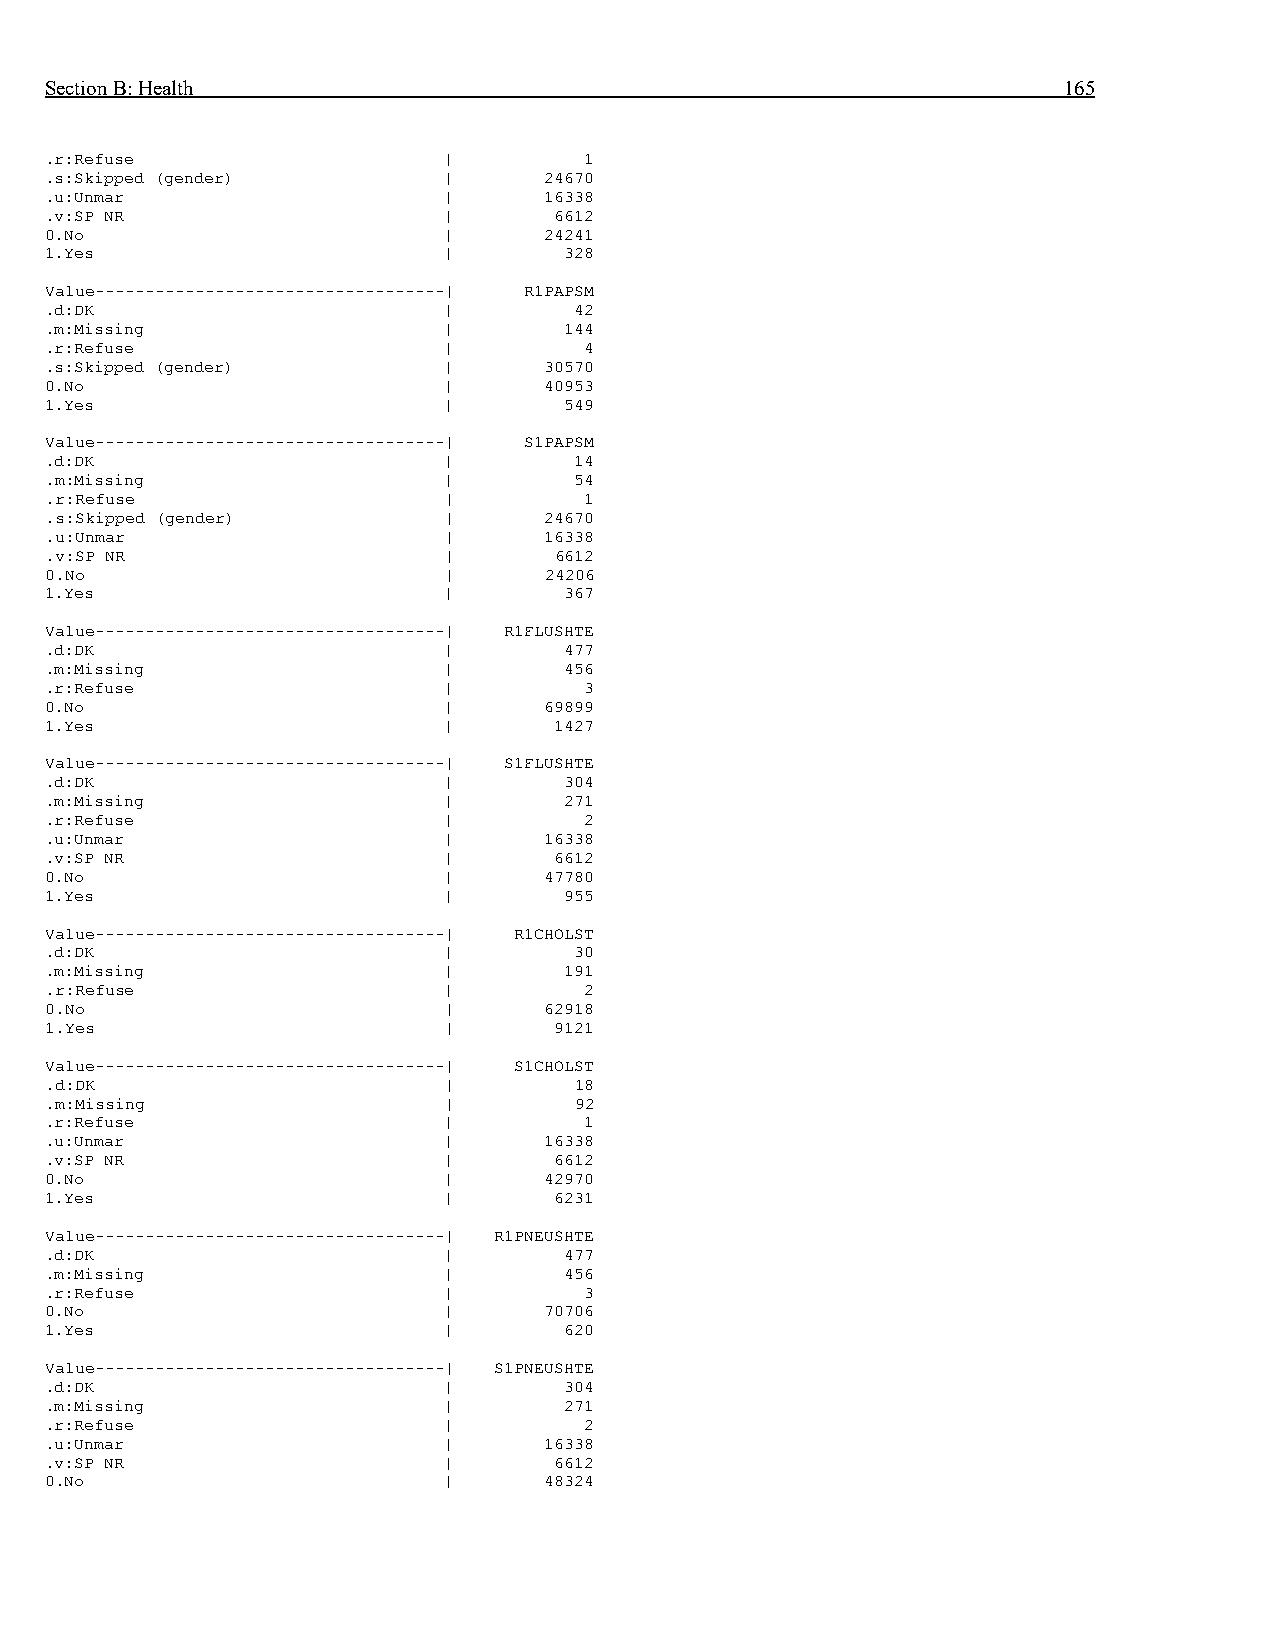
Section B: Health                                                  165
 .r:Refuse                 |         1
 .s:Skipped (gender)       |      24670
 .u:Unmar                  |      16338
 .v:SP NR                  |       6612
 0.No                      |      24241
 1.Yes                     |       328
 Value-----------------------------------| R1PAPSM
 .d:DK                     |        42
 .m:Missing                |       144
 .r:Refuse                 |         4
 .s:Skipped (gender)       |      30570
 0.No                      |      40953
 1.Yes                     |       549
 Value-----------------------------------| S1PAPSM
 .d:DK                     |        14
 .m:Missing                |        54
 .r:Refuse                 |         1
 .s:Skipped (gender)       |      24670
 .u:Unmar                  |      16338
 .v:SP NR                  |       6612
 0.No                      |      24206
 1.Yes                     |       367
 Value-----------------------------------| R1FLUSHTE
 .d:DK                     |       477
 .m:Missing                |       456
 .r:Refuse                 |         3
 0.No                      |      69899
 1.Yes                     |       1427
 Value-----------------------------------| S1FLUSHTE
 .d:DK                     |       304
 .m:Missing                |       271
 .r:Refuse                 |         2
 .u:Unmar                  |      16338
 .v:SP NR                  |       6612
 0.No                      |      47780
 1.Yes                     |       955
 Value-----------------------------------| R1CHOLST
 .d:DK                     |        30
 .m:Missing                |       191
 .r:Refuse                 |         2
 0.No                      |      62918
 1.Yes                     |       9121
 Value-----------------------------------| S1CHOLST
 .d:DK                     |        18
 .m:Missing                |        92
 .r:Refuse                 |         1
 .u:Unmar                  |      16338
 .v:SP NR                  |       6612
 0.No                      |      42970
 1.Yes                     |       6231
 Value-----------------------------------| R1PNEUSHTE
 .d:DK                     |       477
 .m:Missing                |       456
 .r:Refuse                 |         3
 0.No                      |      70706
 1.Yes                     |       620
 Value-----------------------------------| S1PNEUSHTE
 .d:DK                     |       304
 .m:Missing                |       271
 .r:Refuse                 |         2
 .u:Unmar                  |      16338
 .v:SP NR                  |       6612
 0.No                      |      48324